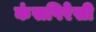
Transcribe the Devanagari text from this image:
कंसपिरेसी